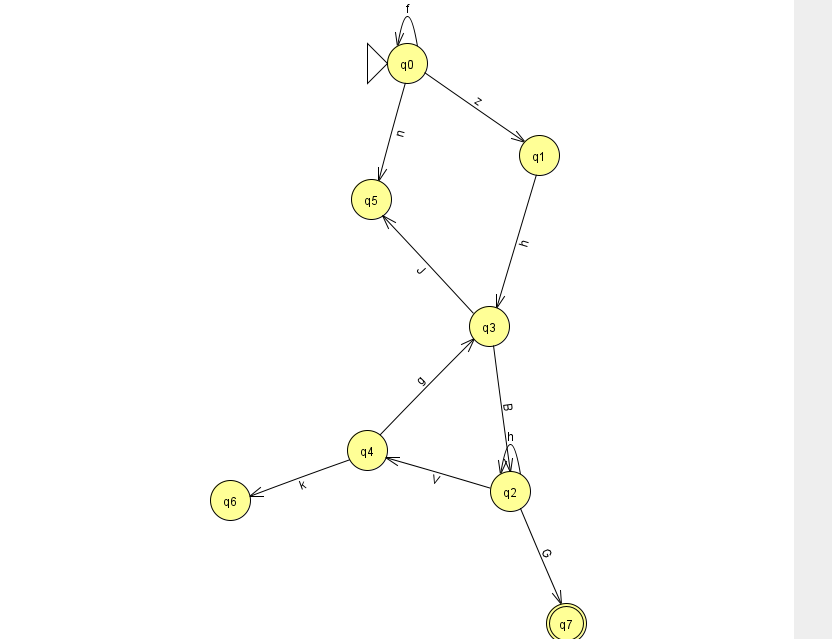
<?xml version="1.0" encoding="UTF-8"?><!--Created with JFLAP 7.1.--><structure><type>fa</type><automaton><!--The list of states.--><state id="0" name="q0"><x>407.0</x><y>50.0</y><initial/></state><state id="1" name="q1"><x>539.0</x><y>142.0</y></state><state id="2" name="q2"><x>510.0</x><y>478.0</y></state><state id="3" name="q3"><x>489.0</x><y>313.0</y></state><state id="4" name="q4"><x>367.0</x><y>437.0</y></state><state id="5" name="q5"><x>371.0</x><y>186.0</y></state><state id="6" name="q6"><x>230.0</x><y>487.0</y></state><state id="7" name="q7"><x>566.0</x><y>610.0</y><final/></state><!--The list of transitions.--><transition><from>0</from><to>1</to><read>z</read></transition><transition><from>3</from><to>2</to><read>B</read></transition><transition><from>0</from><to>5</to><read>n</read></transition><transition><from>2</from><to>4</to><read>V</read></transition><transition><from>4</from><to>3</to><read>g</read></transition><transition><from>0</from><to>0</to><read>f</read></transition><transition><from>1</from><to>3</to><read>h</read></transition><transition><from>2</from><to>2</to><read>h</read></transition><transition><from>3</from><to>5</to><read>J</read></transition><transition><from>4</from><to>6</to><read>k</read></transition><transition><from>2</from><to>7</to><read>G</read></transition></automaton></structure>